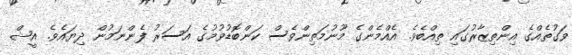
ވަގުތެއްގެ އިންތިޒާރުގައި ތިއްބެވެ. އެއްމެންގެ މޫނުމަތިންވެސް ކަންބޮޑުވުމުގެ އަސަރު ފެންނަމުން ދިޔައެވެ. އީޝް